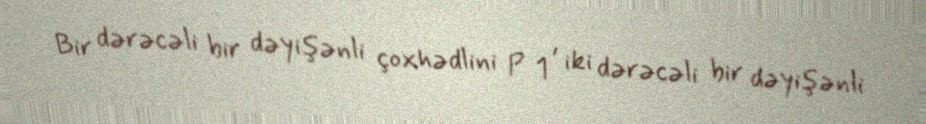
Bir dərəcəli bir dəyişənli çoxhədlini P 1 , iki dərəcəli bir dəyişənli